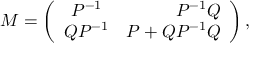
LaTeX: { \cal M } = \left( \begin{array} { c r c } { { { \cal P } ^ { - 1 } } } & { { { \cal P } ^ { - 1 } { \cal Q } } } \\ { { { \cal Q } { \cal P } ^ { - 1 } } } & { { { \cal P } + { \cal Q } { \cal P } ^ { - 1 } { \cal Q } } } \end{array} \right) ,